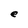
Character: e